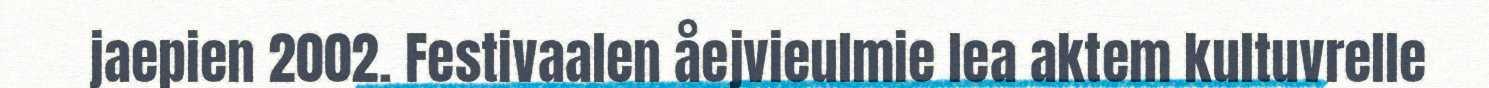
jaepien 2002. Festivaalen åejvieulmie lea aktem kultuvrelle